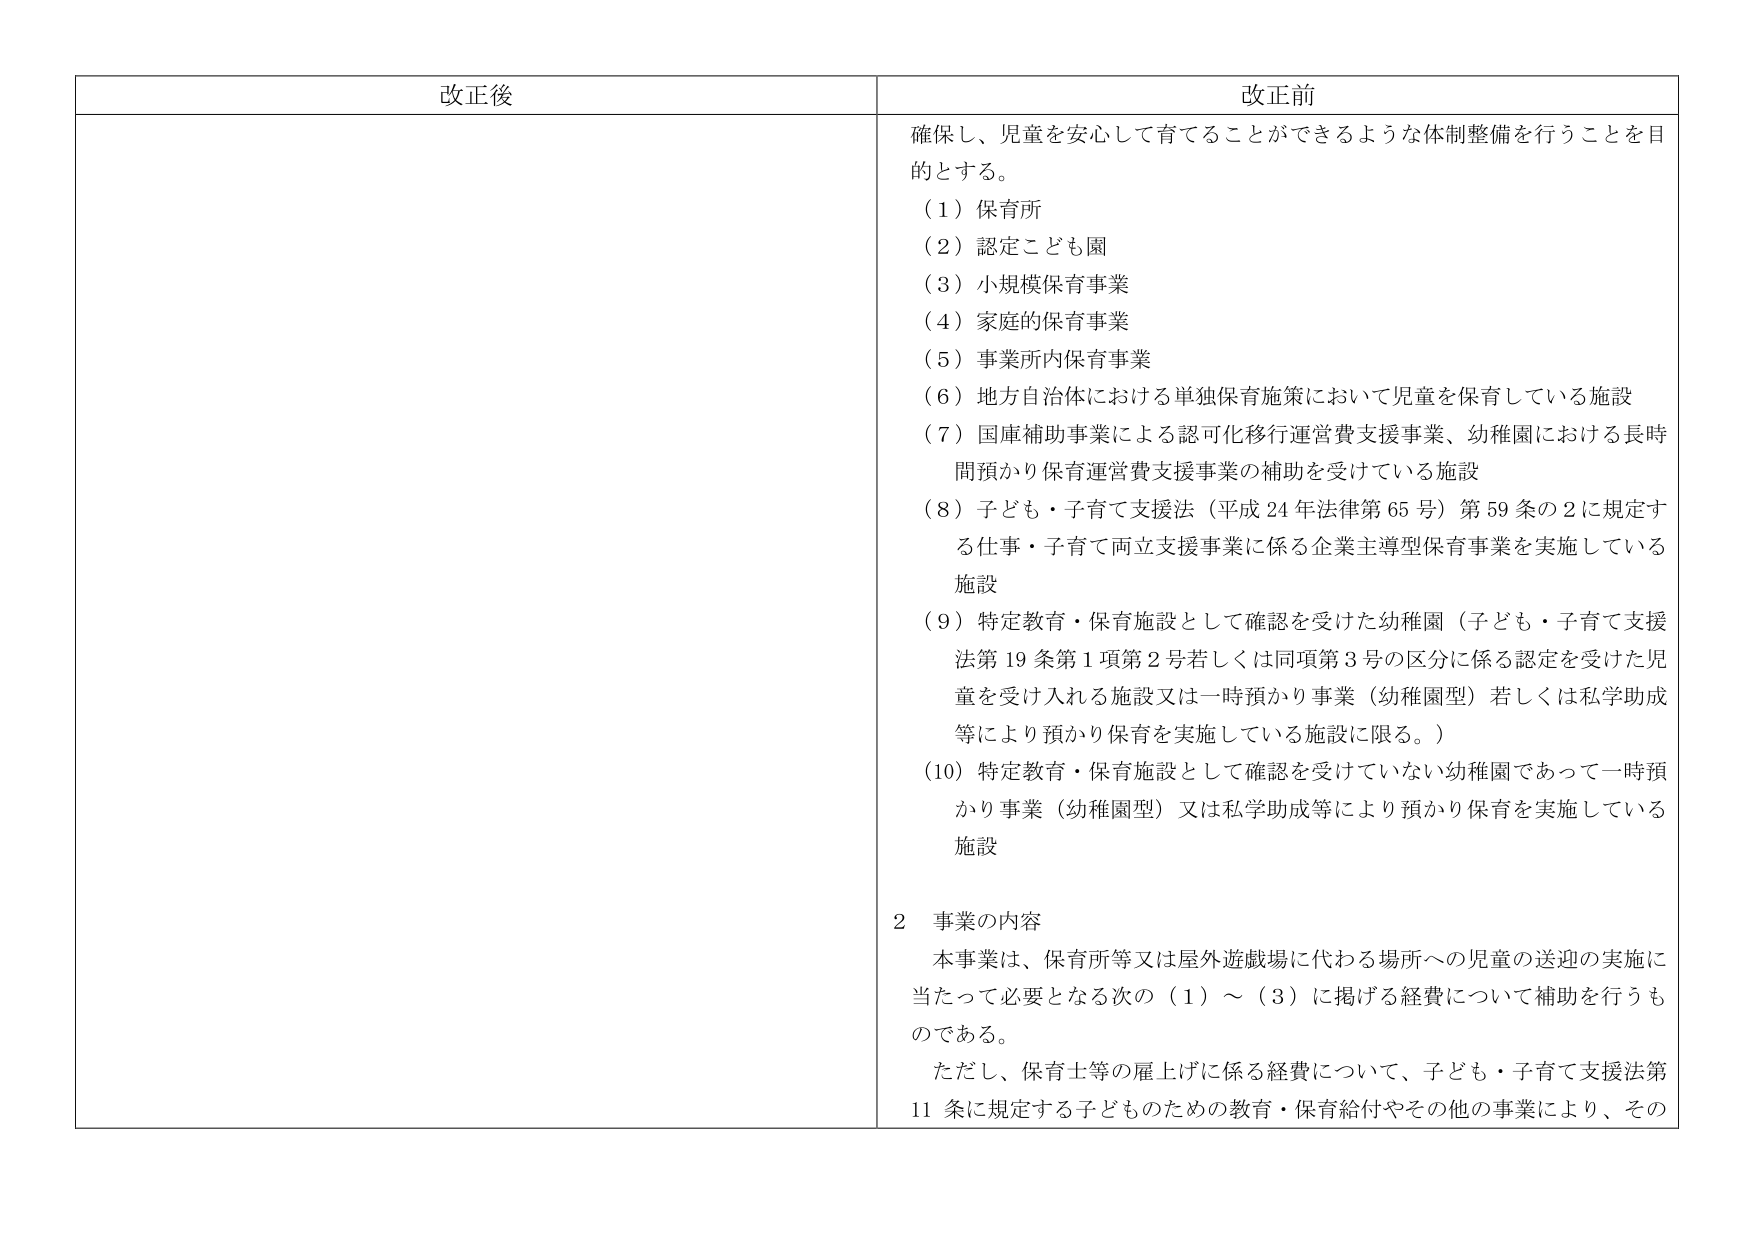
改正後

改正前
確保し、児童を安心して育てることができるような体制整備を行うことを目的とする。
（1）保育所
（2）認定こども園
（3）小規模保育事業
（4）家庭的保育事業
（5）事業所内保育事業
（6）地方自治体における単独保育施策において児童を保育している施設
（7）国庫補助事業による認可化移行運営費支援事業、幼稚園における長時間預かり保育運営費支援事業の補助を受けている施設
（8）子ども・子育て支援法（平成24年法律第65号）第59条の2に規定する仕事・子育て両立支援事業に係る企業主導型保育事業を実施している施設
（9）特定教育・保育施設として確認を受けた幼稚園（子ども・子育て支援法第19条第1項第2号若しくは同項第3号の区分に係る認定を受けた児童を受け入れる施設又は一時預かり事業（幼稚園型）若しくは私学助成等により預かり保育を実施している施設に限る。）
（10）特定教育・保育施設として確認を受けていない幼稚園であって一時預かり事業（幼稚園型）又は私学助成等により預かり保育を実施している施設

2 事業の内容
本事業は、保育所等又は屋外遊戯場に代わる場所への児童の送迎の実施に当たって必要となる次の（1）～（3）に掲げる経費について補助を行うものである。
ただし、保育士等の雇上げに係る経費について、子ども・子育て支援法第11条に規定する子どものための教育・保育給付やその他の事業により、その